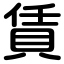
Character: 賃